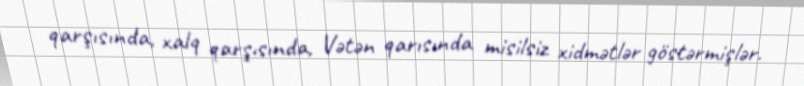
qarşısında, xalq qarşısında, Vətən qarısında misilsiz xidmətlər göstərmişlər.